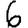
Digit: 6